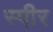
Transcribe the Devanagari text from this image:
स्पीर